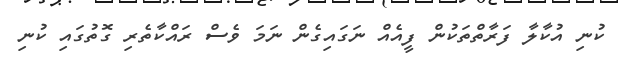
ކުނި އުކާލާ ފަރާތްތަކުން ފީއެއް ނަގައިގެން ނަމަ ވެސް ރައްކާތެރި ގޮތުގައި ކުނި